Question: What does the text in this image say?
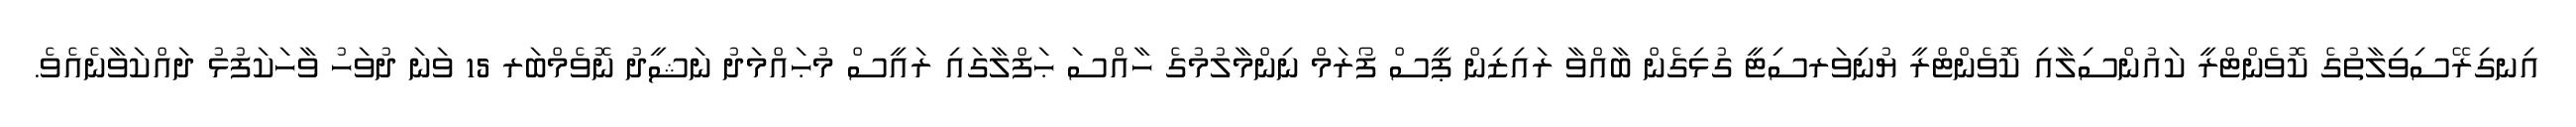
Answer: އިނގިރޭސިވިލާތުގެ ކޮވެންޓްރީ ކައުންސިލާއި ކޮވެންޓްރީ ޔުނިވަރސިޓީ ގުޅިގެން ބާއްވާ ރައިޒިން ޕީސް ފޯރަމް ނިންމާލުމުގެ ހާއްސަ ޙަފްލާގައި ރައީސް މުޙައްމަދު ނަޝީދު ނޮވެމްބަރ 15 ވަނަ ދުވަހު ވާހަކަފުޅު ދައްކަވާނެއެވެ.